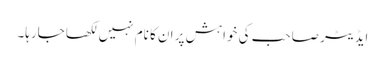
ایڈیٹر صاحب کی خواہش پر ان کا نام نہیں لکھا جارہا۔